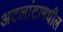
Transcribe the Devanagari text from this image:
अटलांटामधील